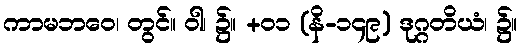
ကာမဘဝေ၊ တွင်။ ဝါ၊ ၌။ +၀၁ (နိ-၁၄၉) ဒုဂ္ဂတိယံ၊ ၌။